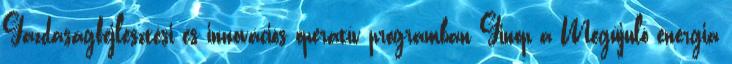
Gazdaságfejlesztési és innovációs operatív programban Ginop a Megújuló energia